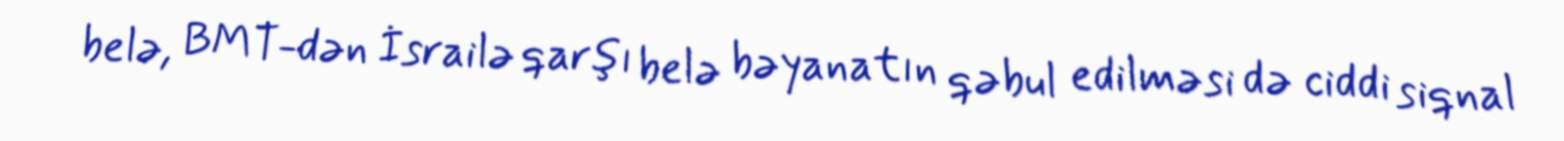
belə, BMT-dən İsrailə qarşı belə bəyanatın qəbul edilməsi də ciddi siqnal